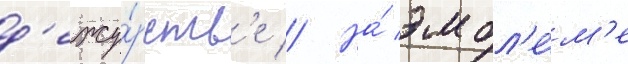
д'ежу́рств'е // На́ эмбл'е́м'е